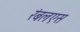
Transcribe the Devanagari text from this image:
रंबलएस